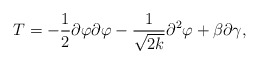
\begin{align*}T=-\frac{1}{2}\partial \varphi \partial \varphi -\frac{1}{\sqrt{2k}}\partial^2\varphi +\beta\partial \gamma,\end{align*}